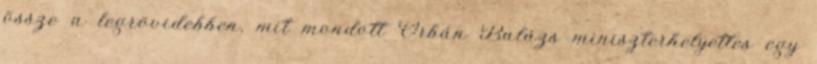
össze a legrövidebben, mit mondott Orbán Balázs miniszterhelyettes egy